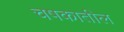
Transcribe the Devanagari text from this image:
चषकातील